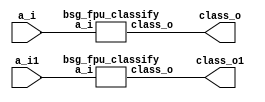


module top
(
  a_i,
  class_o,
  a_i1, // added for decompiling
  class_o1 // added for decompiling
);

  input [31:0] a_i;
  input [31:0] a_i1; // added for decompiling
  output [31:0] class_o;
  output [31:0] class_o1; // added for decompiling

  bsg_fpu_classify
  wrapper
  (
    .a_i(a_i),
    .class_o(class_o)
  );

  bsg_fpu_classify
  wrapper1
  (
    .a_i(a_i1), // added for decompiling
    .class_o(class_o1) // added for decompiling
  );

  
endmodule



module bsg_fpu_preprocess_e_p8_m_p23
(
  a_i,
  zero_o,
  nan_o,
  sig_nan_o,
  infty_o,
  exp_zero_o,
  man_zero_o,
  denormal_o,
  sign_o,
  exp_o,
  man_o
);

  input [31:0] a_i;
  output [7:0] exp_o;
  output [22:0] man_o;
  output zero_o;
  output nan_o;
  output sig_nan_o;
  output infty_o;
  output exp_zero_o;
  output man_zero_o;
  output denormal_o;
  output sign_o;
  wire [7:0] exp_o;
  wire [22:0] man_o;
  wire zero_o,nan_o,sig_nan_o,infty_o,exp_zero_o,man_zero_o,denormal_o,sign_o,a_i_31_,
  N0,N1,N2,N3,N4,N5,N6,N8,N9,N10,N11,N12,N13,N14,N15,N16,N17,N18,N19,N20,N21,N22,
  N23,N24,N25,N26,N27,N28,N29,N30,N31,N32,N33,N34,N35,N36,N38;
  assign a_i_31_ = a_i[31];
  assign sign_o = a_i_31_;
  assign exp_o[7] = a_i[30];
  assign exp_o[6] = a_i[29];
  assign exp_o[5] = a_i[28];
  assign exp_o[4] = a_i[27];
  assign exp_o[3] = a_i[26];
  assign exp_o[2] = a_i[25];
  assign exp_o[1] = a_i[24];
  assign exp_o[0] = a_i[23];
  assign man_o[22] = a_i[22];
  assign man_o[21] = a_i[21];
  assign man_o[20] = a_i[20];
  assign man_o[19] = a_i[19];
  assign man_o[18] = a_i[18];
  assign man_o[17] = a_i[17];
  assign man_o[16] = a_i[16];
  assign man_o[15] = a_i[15];
  assign man_o[14] = a_i[14];
  assign man_o[13] = a_i[13];
  assign man_o[12] = a_i[12];
  assign man_o[11] = a_i[11];
  assign man_o[10] = a_i[10];
  assign man_o[9] = a_i[9];
  assign man_o[8] = a_i[8];
  assign man_o[7] = a_i[7];
  assign man_o[6] = a_i[6];
  assign man_o[5] = a_i[5];
  assign man_o[4] = a_i[4];
  assign man_o[3] = a_i[3];
  assign man_o[2] = a_i[2];
  assign man_o[1] = a_i[1];
  assign man_o[0] = a_i[0];
  assign N0 = exp_o[6] | exp_o[7];
  assign N1 = exp_o[5] | N0;
  assign N2 = exp_o[4] | N1;
  assign N3 = exp_o[3] | N2;
  assign N4 = exp_o[2] | N3;
  assign N5 = exp_o[1] | N4;
  assign N6 = exp_o[0] | N5;
  assign exp_zero_o = ~N6;
  assign N8 = exp_o[6] & exp_o[7];
  assign N9 = exp_o[5] & N8;
  assign N10 = exp_o[4] & N9;
  assign N11 = exp_o[3] & N10;
  assign N12 = exp_o[2] & N11;
  assign N13 = exp_o[1] & N12;
  assign N14 = exp_o[0] & N13;
  assign N15 = man_o[21] | man_o[22];
  assign N16 = man_o[20] | N15;
  assign N17 = man_o[19] | N16;
  assign N18 = man_o[18] | N17;
  assign N19 = man_o[17] | N18;
  assign N20 = man_o[16] | N19;
  assign N21 = man_o[15] | N20;
  assign N22 = man_o[14] | N21;
  assign N23 = man_o[13] | N22;
  assign N24 = man_o[12] | N23;
  assign N25 = man_o[11] | N24;
  assign N26 = man_o[10] | N25;
  assign N27 = man_o[9] | N26;
  assign N28 = man_o[8] | N27;
  assign N29 = man_o[7] | N28;
  assign N30 = man_o[6] | N29;
  assign N31 = man_o[5] | N30;
  assign N32 = man_o[4] | N31;
  assign N33 = man_o[3] | N32;
  assign N34 = man_o[2] | N33;
  assign N35 = man_o[1] | N34;
  assign N36 = man_o[0] | N35;
  assign man_zero_o = ~N36;
  assign zero_o = exp_zero_o & man_zero_o;
  assign nan_o = N14 & N36;
  assign sig_nan_o = nan_o & N38;
  assign N38 = ~man_o[22];
  assign infty_o = N14 & man_zero_o;
  assign denormal_o = exp_zero_o & N36;

endmodule



module bsg_fpu_classify
(
  a_i,
  class_o
);

  input [31:0] a_i;
  output [31:0] class_o;
  wire [31:0] class_o;
  wire zero,nan,infty,denormal,sign,N0,N1,N2,N3,N4,N5,N6,N7,N8,N9,N10,N11,sv2v_dc_1,
  sv2v_dc_2,sv2v_dc_3,sv2v_dc_4,sv2v_dc_5,sv2v_dc_6,sv2v_dc_7,sv2v_dc_8,sv2v_dc_9,
  sv2v_dc_10,sv2v_dc_11,sv2v_dc_12,sv2v_dc_13,sv2v_dc_14,sv2v_dc_15,sv2v_dc_16,
  sv2v_dc_17,sv2v_dc_18,sv2v_dc_19,sv2v_dc_20,sv2v_dc_21,sv2v_dc_22,sv2v_dc_23,
  sv2v_dc_24,sv2v_dc_25,sv2v_dc_26,sv2v_dc_27,sv2v_dc_28,sv2v_dc_29,sv2v_dc_30,sv2v_dc_31;
  assign class_o[10] = 1'b0;
  assign class_o[11] = 1'b0;
  assign class_o[12] = 1'b0;
  assign class_o[13] = 1'b0;
  assign class_o[14] = 1'b0;
  assign class_o[15] = 1'b0;
  assign class_o[16] = 1'b0;
  assign class_o[17] = 1'b0;
  assign class_o[18] = 1'b0;
  assign class_o[19] = 1'b0;
  assign class_o[20] = 1'b0;
  assign class_o[21] = 1'b0;
  assign class_o[22] = 1'b0;
  assign class_o[23] = 1'b0;
  assign class_o[24] = 1'b0;
  assign class_o[25] = 1'b0;
  assign class_o[26] = 1'b0;
  assign class_o[27] = 1'b0;
  assign class_o[28] = 1'b0;
  assign class_o[29] = 1'b0;
  assign class_o[30] = 1'b0;
  assign class_o[31] = 1'b0;

  bsg_fpu_preprocess_e_p8_m_p23
  prep
  (
    .a_i(a_i),
    .zero_o(zero),
    .nan_o(nan),
    .sig_nan_o(class_o[8]),
    .infty_o(infty),
    .denormal_o(denormal),
    .sign_o(sign),
    .exp_o({ sv2v_dc_1, sv2v_dc_2, sv2v_dc_3, sv2v_dc_4, sv2v_dc_5, sv2v_dc_6, sv2v_dc_7, sv2v_dc_8 }),
    .man_o({ sv2v_dc_9, sv2v_dc_10, sv2v_dc_11, sv2v_dc_12, sv2v_dc_13, sv2v_dc_14, sv2v_dc_15, sv2v_dc_16, sv2v_dc_17, sv2v_dc_18, sv2v_dc_19, sv2v_dc_20, sv2v_dc_21, sv2v_dc_22, sv2v_dc_23, sv2v_dc_24, sv2v_dc_25, sv2v_dc_26, sv2v_dc_27, sv2v_dc_28, sv2v_dc_29, sv2v_dc_30, sv2v_dc_31 })
  );

  assign class_o[0] = sign & infty;
  assign class_o[1] = N5 & N6;
  assign N5 = N3 & N4;
  assign N3 = N1 & N2;
  assign N1 = sign & N0;
  assign N0 = ~infty;
  assign N2 = ~denormal;
  assign N4 = ~nan;
  assign N6 = ~zero;
  assign class_o[2] = sign & denormal;
  assign class_o[3] = sign & zero;
  assign class_o[4] = N7 & zero;
  assign N7 = ~sign;
  assign class_o[5] = N7 & denormal;
  assign class_o[6] = N10 & N6;
  assign N10 = N9 & N4;
  assign N9 = N8 & N2;
  assign N8 = N7 & N0;
  assign class_o[7] = N7 & infty;
  assign class_o[9] = nan & N11;
  assign N11 = ~class_o[8];

endmodule